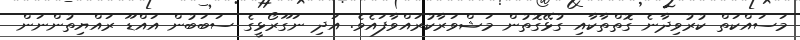
މަސައްކަތް ކުރުވިދާނެ ގޮތްތާކާއި ގުޅޭގޮތުން މަޝްވަރާކުރައްވާފައެވެ. އަދި ނަގޫރޯޅީގެ ސަބަބުން އައްޑޫ ރައްޔިތުންނަން